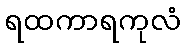
ရထကာရကုလံ